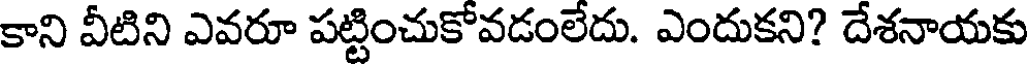
కాని వీటిని ఎవరూ పట్టించుకోవడంలేదు. ఎందుకని? దేశనాయకు